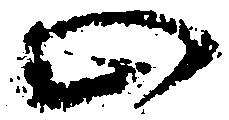
止